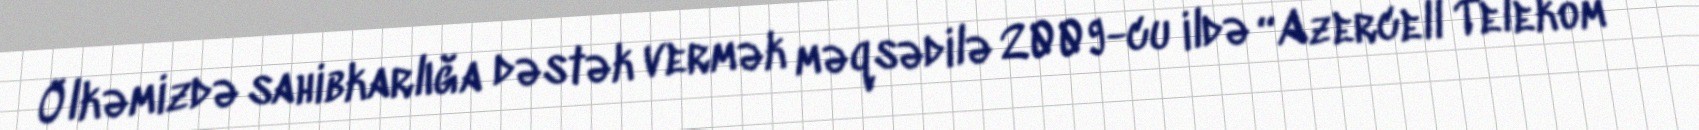
Ölkəmizdə sahibkarlığa dəstək vermək məqsədilə 2009-cu ildə “Azercell Telekom”